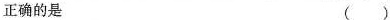
正确的是（）